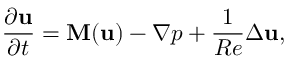
\frac { \partial \mathbf { u } } { \partial t } = \mathbf { M } ( \mathbf { u } ) - \nabla p + \frac { 1 } { R e } \Delta \mathbf { u } ,